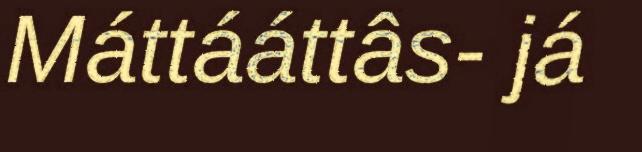
Máttááttâs- já